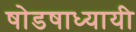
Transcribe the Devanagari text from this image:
षोडषाध्यायी